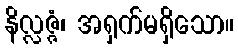
နိလ္လဇ္ဇံ၊ အရှက်မရှိသော။